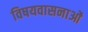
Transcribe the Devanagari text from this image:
विषयवासनाओं